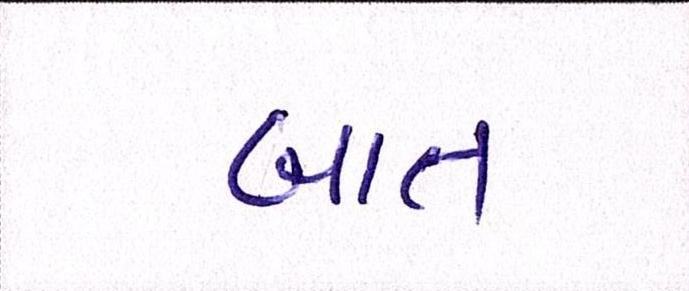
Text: બાત